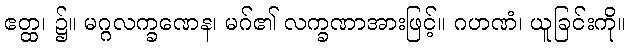
ဧတ္ထ၊ ၌။ မဂ္ဂလက္ခဏေန၊ မဂ်၏ လက္ခဏာအားဖြင့်။ ဂဟဏံ၊ ယူခြင်းကို။